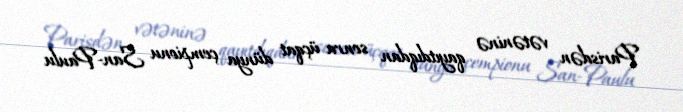
Parisdən vətəninə qayıtdıqdan sonra üçqat dünya çempionu San-Paulu